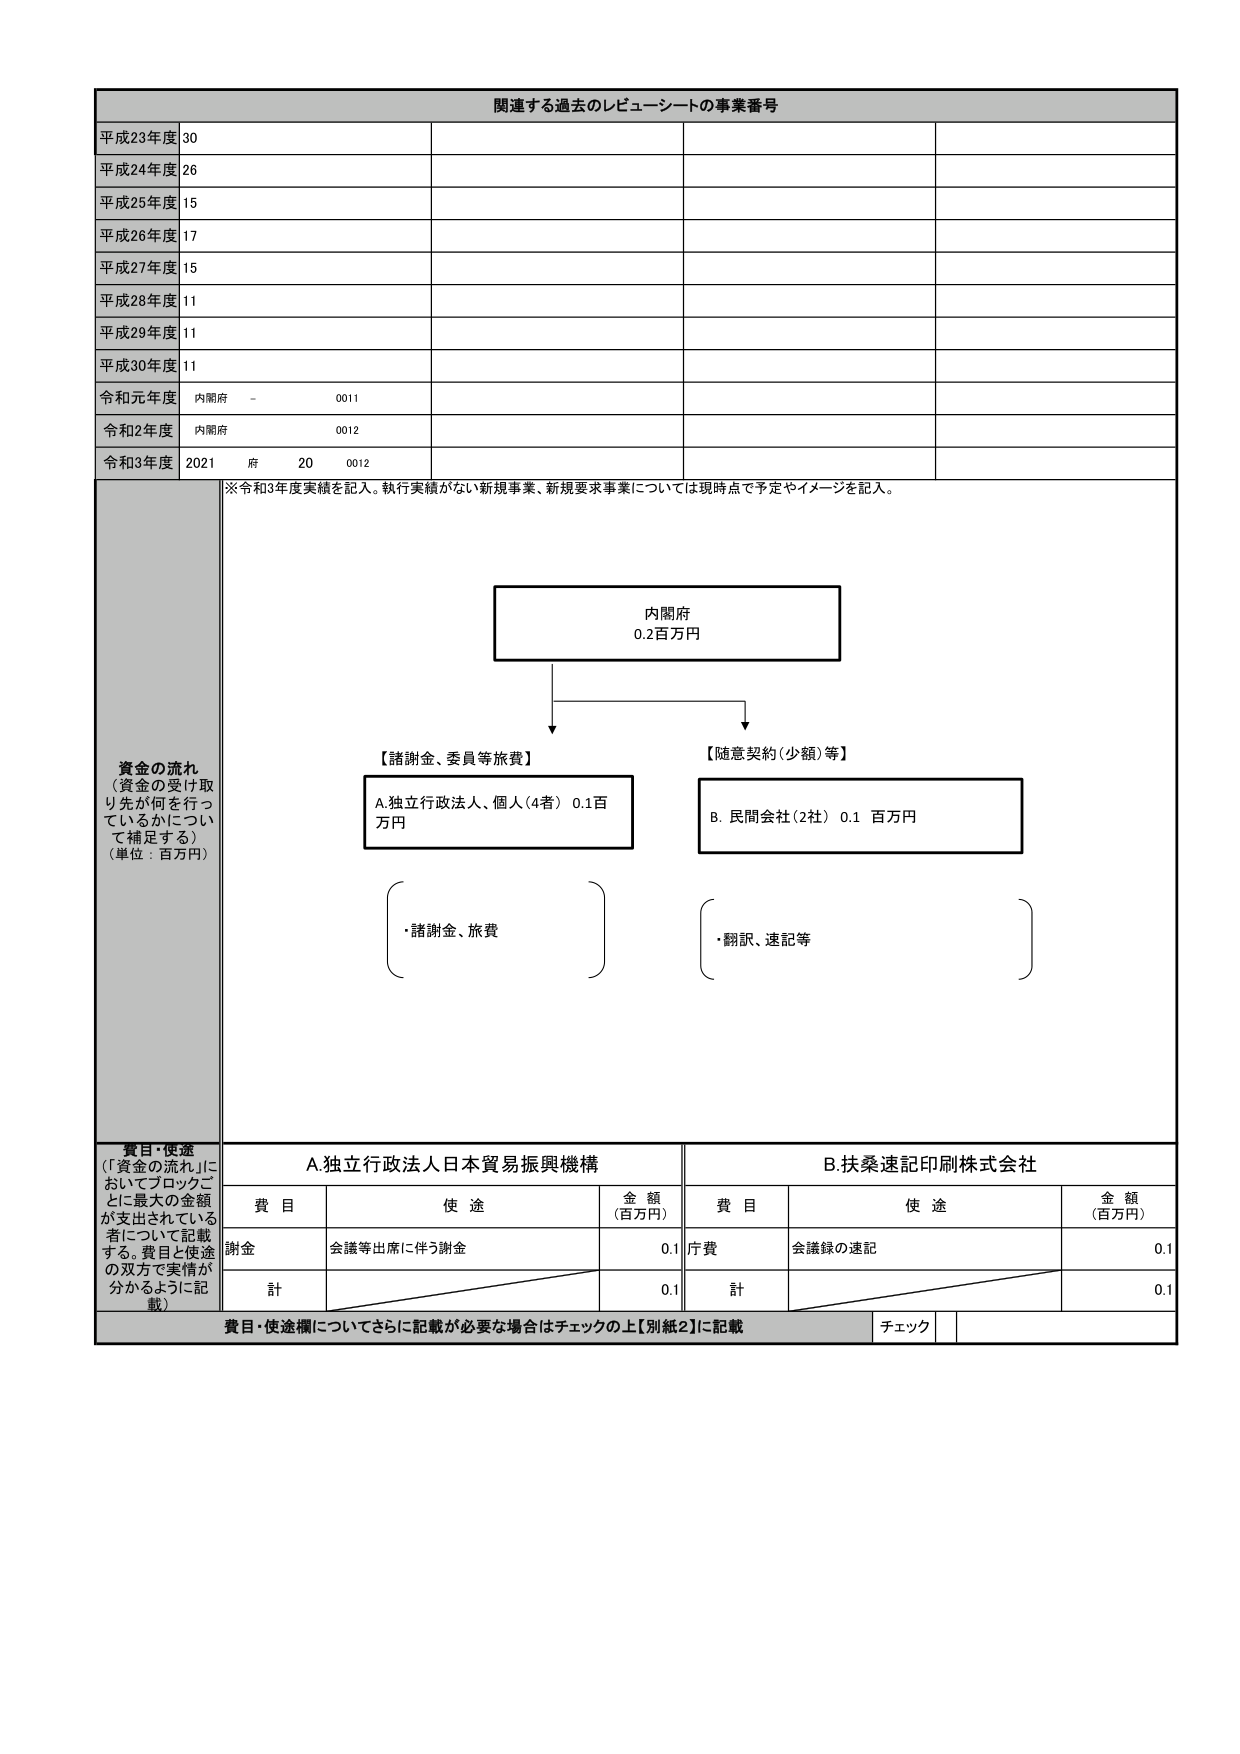
関連する過去のレビューーシートの事業番号
平成23年度 30
平成24年度 26
平成25年度 15
平成26年度 17
平成27年度 15
平成28年度 11
平成29年度 11
平成30年度 11
令和元年度 内閣府 - 0011
令和2年度 内閣府 0012
令和3年度 2021 府 20 0012
※令和3年度実績を記入。執行実績がない新規事業、新規要求事業については現時点で予定やイメージを記入。
資金の流れ
（資金の受け取り先が何を行っているかについて補足する）
（単位：百万円）
内閣府
0.2百万円
【諸謝金、委員等旅費】
A.独立行政法人、個人（4者） 0.1百万円
・諸謝金、旅費
【随意契約（少額）等】
B. 民間会社（2社） 0.1 百万円
・翻訳、速記等
費目・使途
（「資金の流れ」においてブロックごとに最大の金額が支出されている者について記載する。費目と使途の双方で実情が分かるように記載）
A.独立行政法人日本貿易振興機構
B.扶桑速記印刷株式会社
費目 使途 金額（百万円） 費目 使途 金額（百万円）
謝金 会議等出席に伴う謝金 0.1 庁費 会議録の速記 0.1
計 0.1 計 0.1
費目・使途欄についてさらに記載が必要な場合はチェックの上【別紙2】に記載 チェック